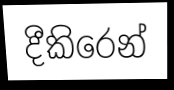
දීකිරෙන්